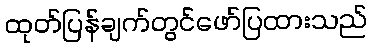
ထုတ်ပြန်ချက်တွင်ဖော်ပြထားသည်